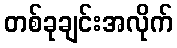
တစ်ခုချင်းအလိုက်